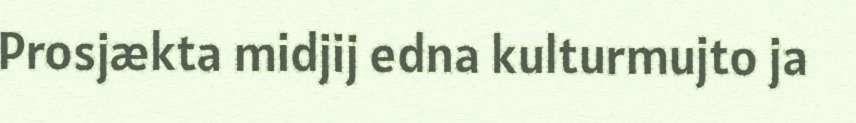
Prosjækta midjij edna kulturmujto ja